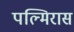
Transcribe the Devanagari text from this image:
पल्मिरास